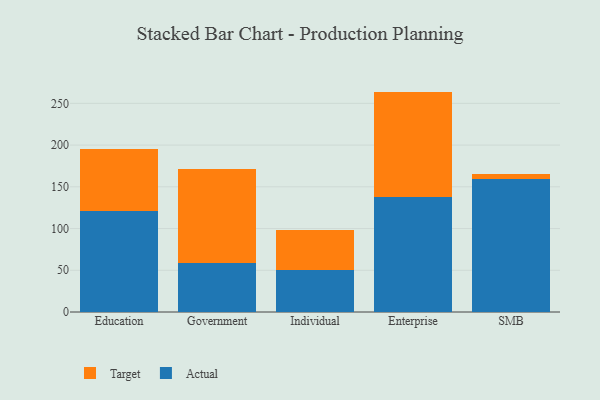
{"axis": {"x": "Segment", "y": "Waste Production (Tons)"}, "legend": ["Actual", "Target"], "data": [{"x": "Education", "y": 120.9, "type": "Actual"}, {"x": "Education", "y": 74.3, "type": "Target"}, {"x": "Government", "y": 58.8, "type": "Actual"}, {"x": "Government", "y": 112.6, "type": "Target"}, {"x": "Individual", "y": 50.2, "type": "Actual"}, {"x": "Individual", "y": 48.1, "type": "Target"}, {"x": "Enterprise", "y": 138.0, "type": "Actual"}, {"x": "Enterprise", "y": 126.1, "type": "Target"}, {"x": "SMB", "y": 159.9, "type": "Actual"}, {"x": "SMB", "y": 5.1, "type": "Target"}]}